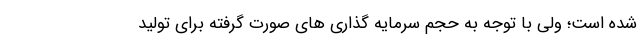
شده است؛ ولی با توجه به حجم سرمایه گذاری های صورت گرفته برای تولید